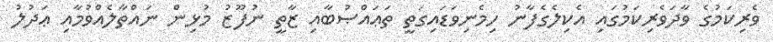
ވެރިކަމުގެ ވާދަވެރިކަމުގައި އެކިލެގެފާނު ހިމެނިވަޑައިގަތީ ތަޢައްޞުބާއި ޒާތީ ނުފޫޒު މުޅިން ނައްތާލެއްވުމާއި ޢަދުލު